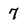
Character: 7